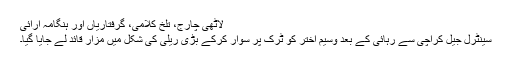
لاٹھی چارج، تلخ کلامی، گرفتاریاں اور ہنگامہ آرائی
سینٹرل جیل کراچی سے رہائی کے بعد وسیم اختر کو ٹرک پر سوار کرکے بڑی ریلی کی شکل میں مزار قائد لے جایا گیا۔